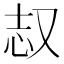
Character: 𫨺